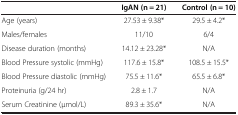
<table><thead><tr><td><b> </b></td><td><b>IgAN (n = 21)</b></td><td><b>Control (n = 10)</b></td></tr></thead><tbody><tr><td>Age (years)</td><td>27.53 ± 9.38*</td><td>29.5 ± 4.2*</td></tr><tr><td>Males/females</td><td>11/10</td><td>6/4</td></tr><tr><td>Disease duration (months)</td><td>14.12 ± 23.28*</td><td>N/A</td></tr><tr><td>Blood Pressure systolic (mmHg)</td><td>117.6 ± 15.8*</td><td>108.5 ± 15.5*</td></tr><tr><td>Blood Pressure diastolic (mmHg)</td><td>75.5 ± 11.6*</td><td>65.5 ± 6.8*</td></tr><tr><td>Proteinuria (g/24 hr)</td><td>2.8 ± 1.7</td><td>N/A</td></tr><tr><td>Serum Creatinine (μmol/L)</td><td>89.3 ± 35.6*</td><td>N/A</td></tr></tbody></table>